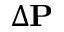
\Delta { \bf P }